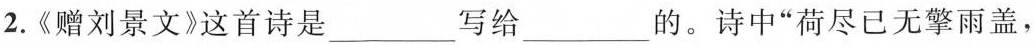
2.《赠刘景文》这首诗是写给的___。诗中“荷尽已无擎雨盖，